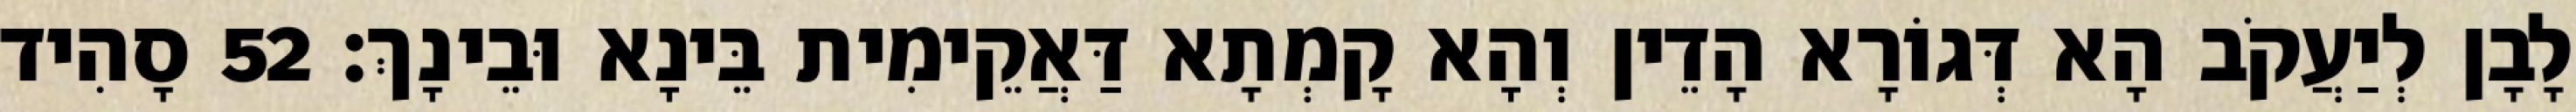
לָבָן לְיַעֲקֹב הָא דְּגוֹרָא הָדֵין וְהָא קָמְתָא דַּאֲקֵימִית בֵּינָא וּבֵינָךְ׃ 52 סָהִיד